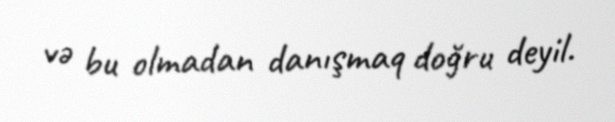
və bu olmadan danışmaq doğru deyil.